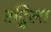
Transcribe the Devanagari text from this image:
रद्विला